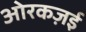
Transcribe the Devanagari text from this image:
ओरकज़ई